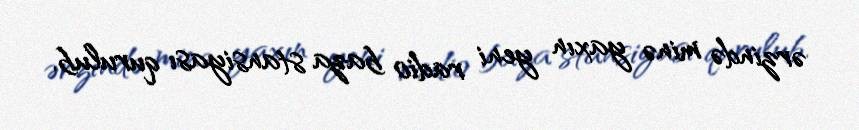
ərzində minə yaxın yeni radio baza stansiyası qurulub.